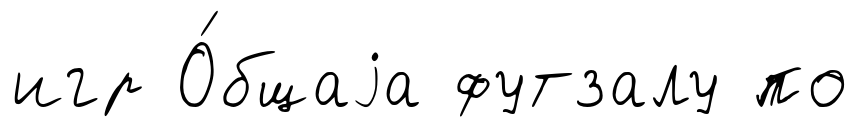
игр О́бщаjа футзалу по